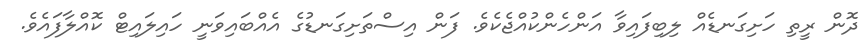
ދޮން ރީތި ހަށިގަނޑެއް ލިބިފައިވާ އަންހެންކުއްޖެކެވެ. ފަން އިސްތަށިގަނޑުގެ އެއްބައިވަނީ ހައިލައިޓް ކޮއްލާފައެވެ.